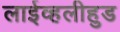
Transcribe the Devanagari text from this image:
लाईव्हलीहुड